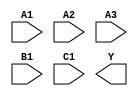
module sky130_fd_sc_lp__a311oi (
    //# {{data|Data Signals}}
    input  A1,
    input  A2,
    input  A3,
    input  B1,
    input  C1,
    output Y
);

    // Voltage supply signals
    supply1 VPWR;
    supply0 VGND;
    supply1 VPB ;
    supply0 VNB ;

endmodule